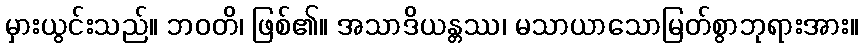
မှားယွင်းသည်။ ဘဝတိ၊ ဖြစ်၏။ အသာဒိယန္တဿ၊ မသာယာသောမြတ်စွာဘုရားအား။